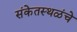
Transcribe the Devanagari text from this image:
संकेतस्थळंचे